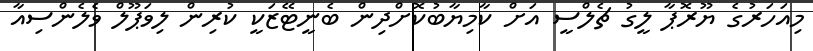
މިއަހަރުގެ ޔޫރޮޕާ ލީގު ޗެލްސީ އަށް ކާމިޔާބުކޮށްދިން ބެނީޓޭޒަކީ ކުރިން ލިވަޕޫލް ވެލެންސިއާ